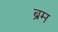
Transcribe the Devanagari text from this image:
ब्रम